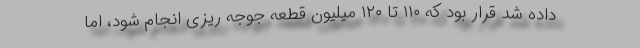
داده شد قرار بود که ۱۱۰ تا ۱۲۰ میلیون قطعه جوجه ریزی انجام شود، اما